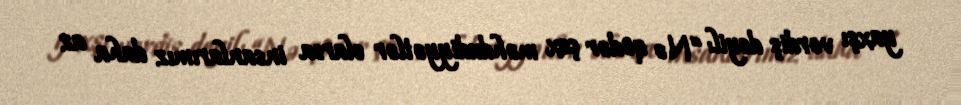
yaxşı vərdiş deyil: “Nə qədər çox məhdudiyyətlər olarsa insanlarımız daha az